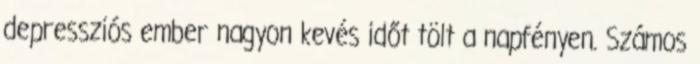
depressziós ember nagyon kevés időt tölt a napfényen. Számos